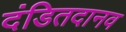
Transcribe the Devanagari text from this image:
दंडितदानव